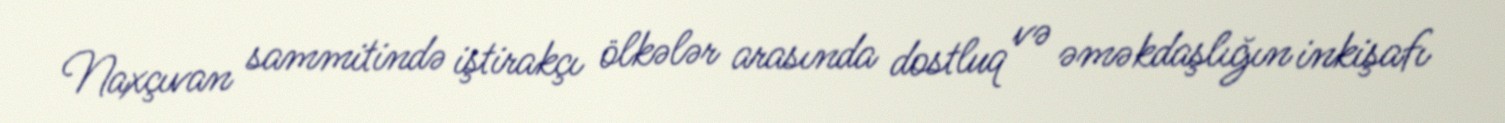
Naxçıvan sammitində iştirakçı ölkələr arasında dostluq və əməkdaşlığın inkişafı